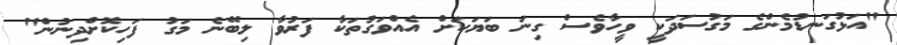
"އަޅުގަނޑުމެންގެ މަގުސަދަކީ ވީހާވެސް ގިނަ ބަޔަކަށް އެއްވަގުތަކާ ފަރުވާ ލިބޭނެ މަގު ފަހިކޮށްދިނުން"